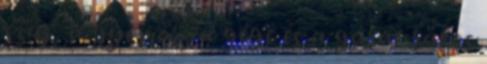
száj, a gyomor, a gége és a garat rákos